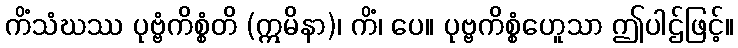
ကိံသံဃဿ ပုဗ္ဗံကိစ္စံတိ (ဣမိနာ)၊ ကိံ၊ ပေ။ ပုဗ္ဗကိစ္စံဟေူသာ ဤပါဌ်ဖြင့်။